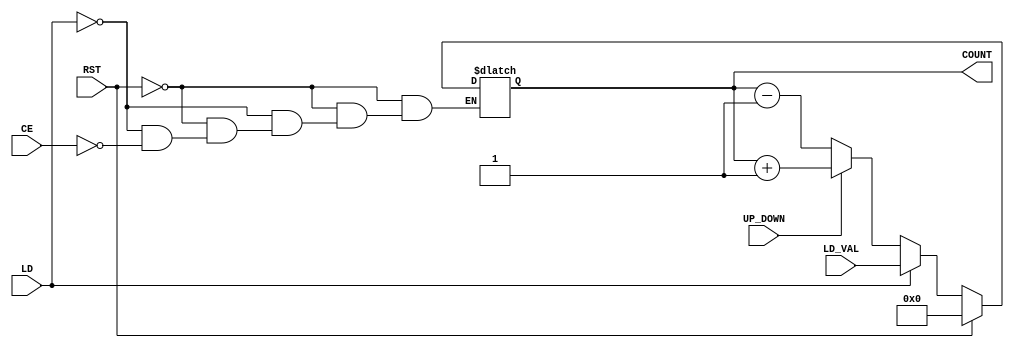
module dynamic_asynchronous_counter (
    input wire CE,        // Count Enable
    input wire RST,       // Reset
    input wire LD,        // Load
    input wire [3:0] LD_VAL, // Load Value
    input wire UP_DOWN,   // Count Up or Down: 1 for Up, 0 for Down
    output reg [3:0] COUNT // 4-bit Counter Output
);

    // Asynchronous Reset
    always @* begin
        if (RST) begin
            COUNT = 4'b0000; // Reset to 0
        end else if (LD) begin
            COUNT = LD_VAL; // Load specified value
        end else if (CE) begin
            if (UP_DOWN) begin
                COUNT = COUNT + 1; // Increment
            end else begin
                COUNT = COUNT - 1; // Decrement
            end
        end
    end

endmodule